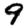
Digit: 9